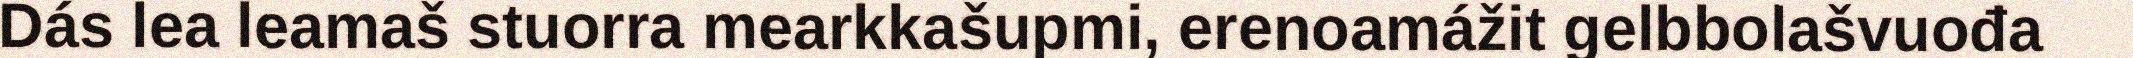
Dás lea leamaš stuorra mearkkašupmi, erenoamážit gelbbolašvuođa